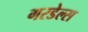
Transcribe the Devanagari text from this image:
गरडेल्स